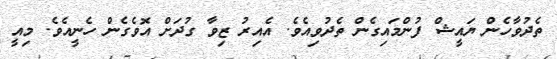
ތެދުވާހެން ޔައީޝް ފުންމައިގެން ތެދުވިއެވެ. އެއިރު ޒިވާ ގުދަށް އޮވެގެން ހެނީއެވެ. މިއީ